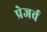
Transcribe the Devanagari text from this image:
प्रेजर्व